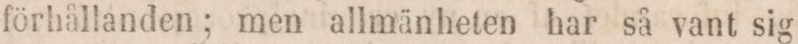
förhållanden; men allmänheten har så vant sig